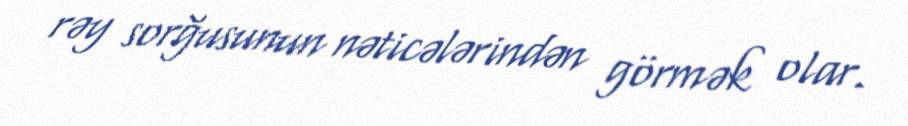
rəy sorğusunun nəticələrindən görmək olar.